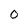
Character: O